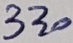
Text: 330